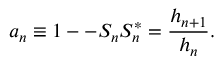
a _ { n } \equiv 1 -- S _ { n } S _ { n } ^ { * } = \frac { h _ { n + 1 } } { h _ { n } } .